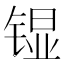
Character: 𮸗